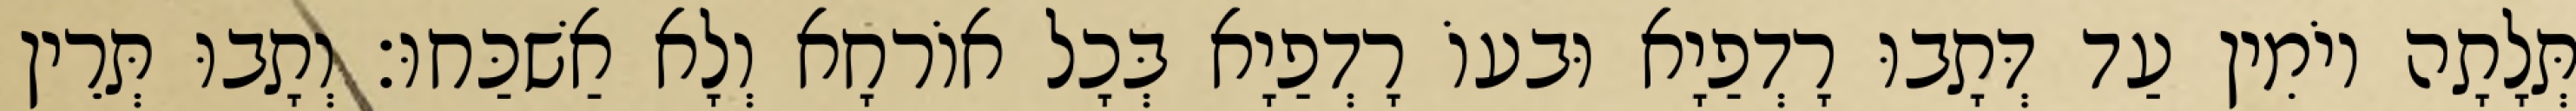
תְּלָתָה יוֹמִין עַד דְּתָבוּ רָדְפַיָא וּבעוֹ רָדְפַיָא בְּכָל אוֹרחָא וְלָא אַשׁכַּחוּ׃ וְתָבוּ תְּרֵין